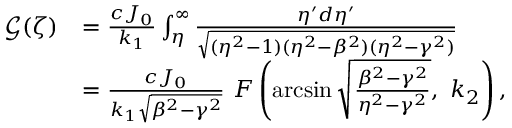
\begin{array} { r l } { \mathcal { G } ( \zeta ) } & { = \frac { c J _ { 0 } } { k _ { 1 } } \int _ { \eta } ^ { \infty } \frac { \eta ^ { \prime } d \eta ^ { \prime } } { \sqrt { ( \eta ^ { 2 } - 1 ) ( \eta ^ { 2 } - \beta ^ { 2 } ) ( \eta ^ { 2 } - \gamma ^ { 2 } ) } } } \\ & { = \frac { c J _ { 0 } } { k _ { 1 } \sqrt { \beta ^ { 2 } - \gamma ^ { 2 } } } \ F \left( \arcsin \sqrt { \frac { \beta ^ { 2 } - \gamma ^ { 2 } } { \eta ^ { 2 } - \gamma ^ { 2 } } } , \ k _ { 2 } \right) , } \end{array}